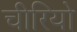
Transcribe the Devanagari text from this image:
चीरियो